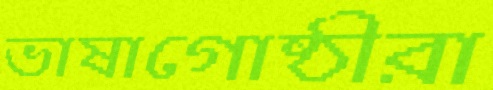
ভাষাগোষ্ঠীরা